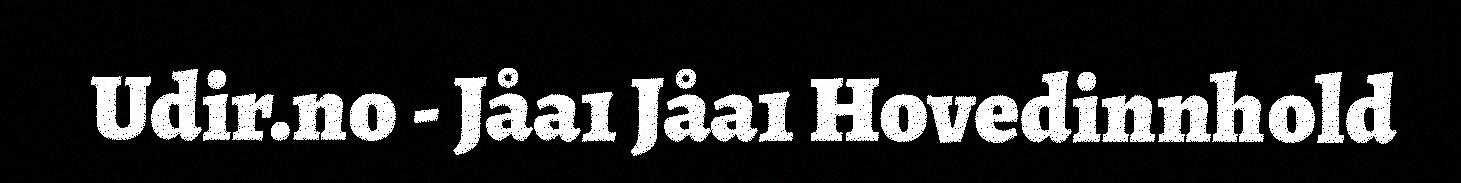
Udir.no - Jåa1 Jåa1 Hovedinnhold